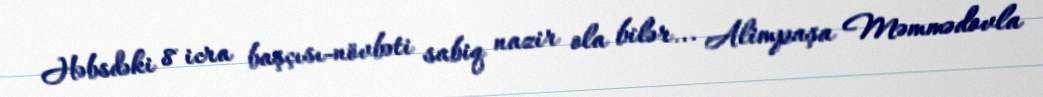
Həbsdəki 8 icra başçısı-növbəti sabiq nazir ola bilər... Alimpaşa Məmmədovla